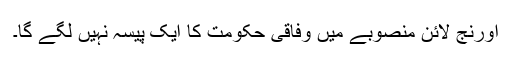
اورنج لائن منصوبے میں وفاقی حکومت کا ایک پیسہ نہیں لگے گا۔